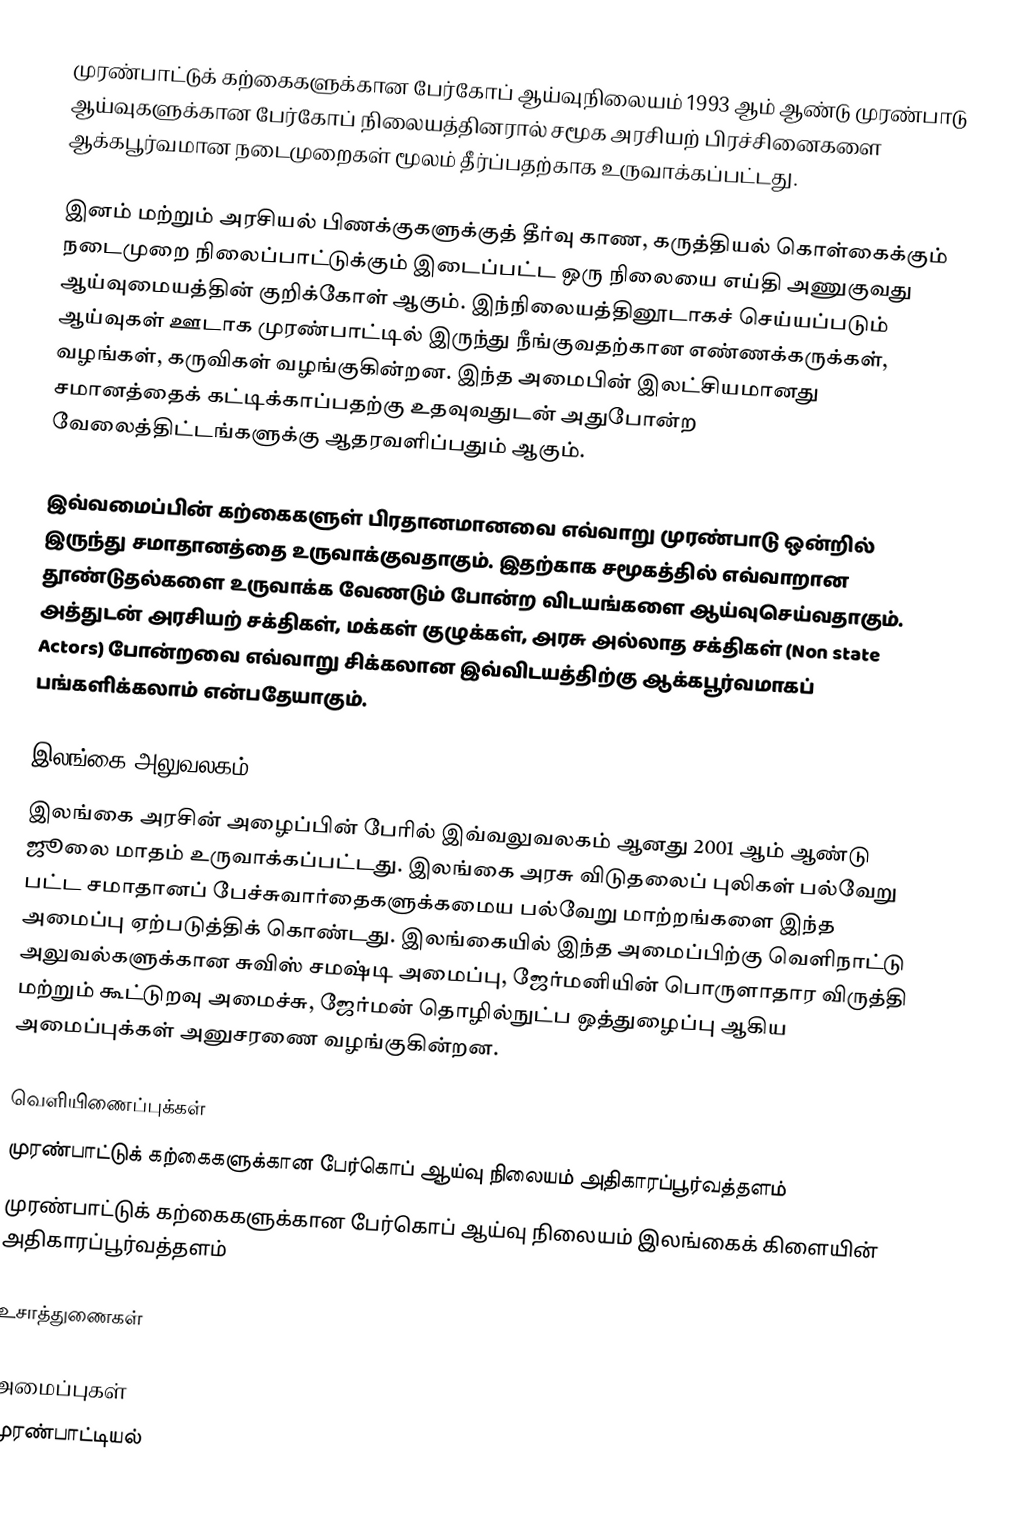
முரண்பாட்டுக் கற்கைகளுக்கான பேர்கோப் ஆய்வுநிலையம் 1993 ஆம் ஆண்டு முரண்பாடு ஆய்வுகளுக்கான பேர்கோப் நிலையத்தினரால் சமூக அரசியற் பிரச்சினைகளை ஆக்கபூர்வமான நடைமுறைகள் மூலம் தீர்ப்பதற்காக உருவாக்கப்பட்டது.

இனம் மற்றும் அரசியல் பிணக்குகளுக்குத் தீர்வு காண, கருத்தியல் கொள்கைக்கும் நடைமுறை நிலைப்பாட்டுக்கும் இடைப்பட்ட ஒரு நிலையை எய்தி அணுகுவது ஆய்வுமையத்தின் குறிக்கோள் ஆகும். இந்நிலையத்தினூடாகச் செய்யப்படும் ஆய்வுகள் ஊடாக முரண்பாட்டில் இருந்து நீங்குவதற்கான எண்ணக்கருக்கள், வழங்கள், கருவிகள் வழங்குகின்றன. இந்த அமைபின் இலட்சியமானது சமானத்தைக் கட்டிக்காப்பதற்கு உதவுவதுடன் அதுபோன்ற வேலைத்திட்டங்களுக்கு ஆதரவளிப்பதும் ஆகும்.

இவ்வமைப்பின் கற்கைகளுள் பிரதானமானவை எவ்வாறு முரண்பாடு ஒன்றில் இருந்து சமாதானத்தை உருவாக்குவதாகும். இதற்காக சமூகத்தில் எவ்வாறான தூண்டுதல்களை உருவாக்க வேணடும் போன்ற விடயங்களை ஆய்வுசெய்வதாகும். அத்துடன் அரசியற் சக்திகள், மக்கள் குழுக்கள், அரசு அல்லாத சக்திகள் (Non state Actors) போன்றவை எவ்வாறு சிக்கலான இவ்விடயத்திற்கு ஆக்கபூர்வமாகப் பங்களிக்கலாம் என்பதேயாகும்.

இலங்கை அலுவலகம்
இலங்கை அரசின் அழைப்பின் பேரில் இவ்வலுவலகம் ஆனது 2001 ஆம் ஆண்டு ஜூலை மாதம் உருவாக்கப்பட்டது. இலங்கை அரசு விடுதலைப் புலிகள் பல்வேறு பட்ட சமாதானப் பேச்சுவார்தைகளுக்கமைய பல்வேறு மாற்றங்களை இந்த அமைப்பு ஏற்படுத்திக் கொண்டது. இலங்கையில் இந்த அமைப்பிற்கு வெளிநாட்டு அலுவல்களுக்கான சுவிஸ் சமஷ்டி அமைப்பு, ஜேர்மனியின் பொருளாதார விருத்தி மற்றும் கூட்டுறவு அமைச்சு, ஜேர்மன் தொழில்நுட்ப ஒத்துழைப்பு ஆகிய அமைப்புக்கள் அனுசரணை வழங்குகின்றன.

வெளியிணைப்புக்கள்
முரண்பாட்டுக் கற்கைகளுக்கான பேர்கொப் ஆய்வு நிலையம் அதிகாரப்பூர்வத்தளம்
 முரண்பாட்டுக் கற்கைகளுக்கான பேர்கொப் ஆய்வு நிலையம்  இலங்கைக் கிளையின் அதிகாரப்பூர்வத்தளம்

உசாத்துணைகள்

அமைப்புகள்
முரண்பாட்டியல்